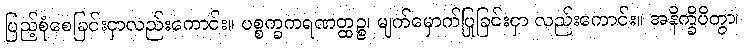
ပြည့်စုံစေခြင်းငှာလည်းကောင်း။ ပစ္စက္ခကရဏတ္ထဉ္စ၊ မျက်မှောက်ပြုခြင်းငှာ လည်းကောင်း။ အနိက္ခိပိတွာ၊